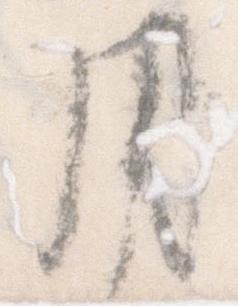
用